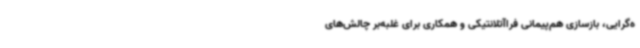
ه‌گرایی، بازسازی هم‌پیمانی فراآتلانتیکی و همکاری برای غلبه‌بر چالش‌های